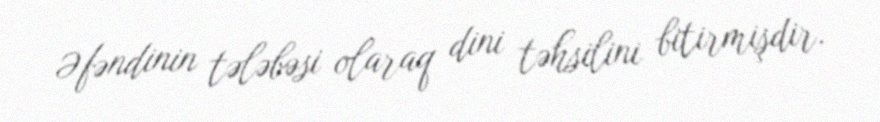
Əfəndinin tələbəsi olaraq dini təhsilini bitirmişdir.